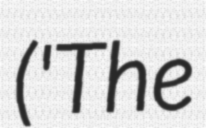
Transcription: ('The